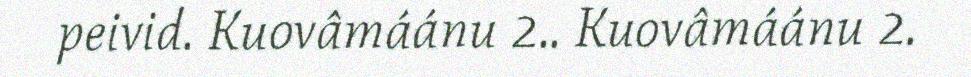
peivid. Kuovâmáánu 2.. Kuovâmáánu 2.